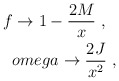
\begin{align*}f \rightarrow 1 - \frac{2 M}{x} \ , \ \ \\omega \rightarrow \frac{2 J}{x^2}\ , \end{align*}